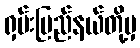
ရှမ်းပြည်နယ်တို့မှ